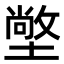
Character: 𭏭